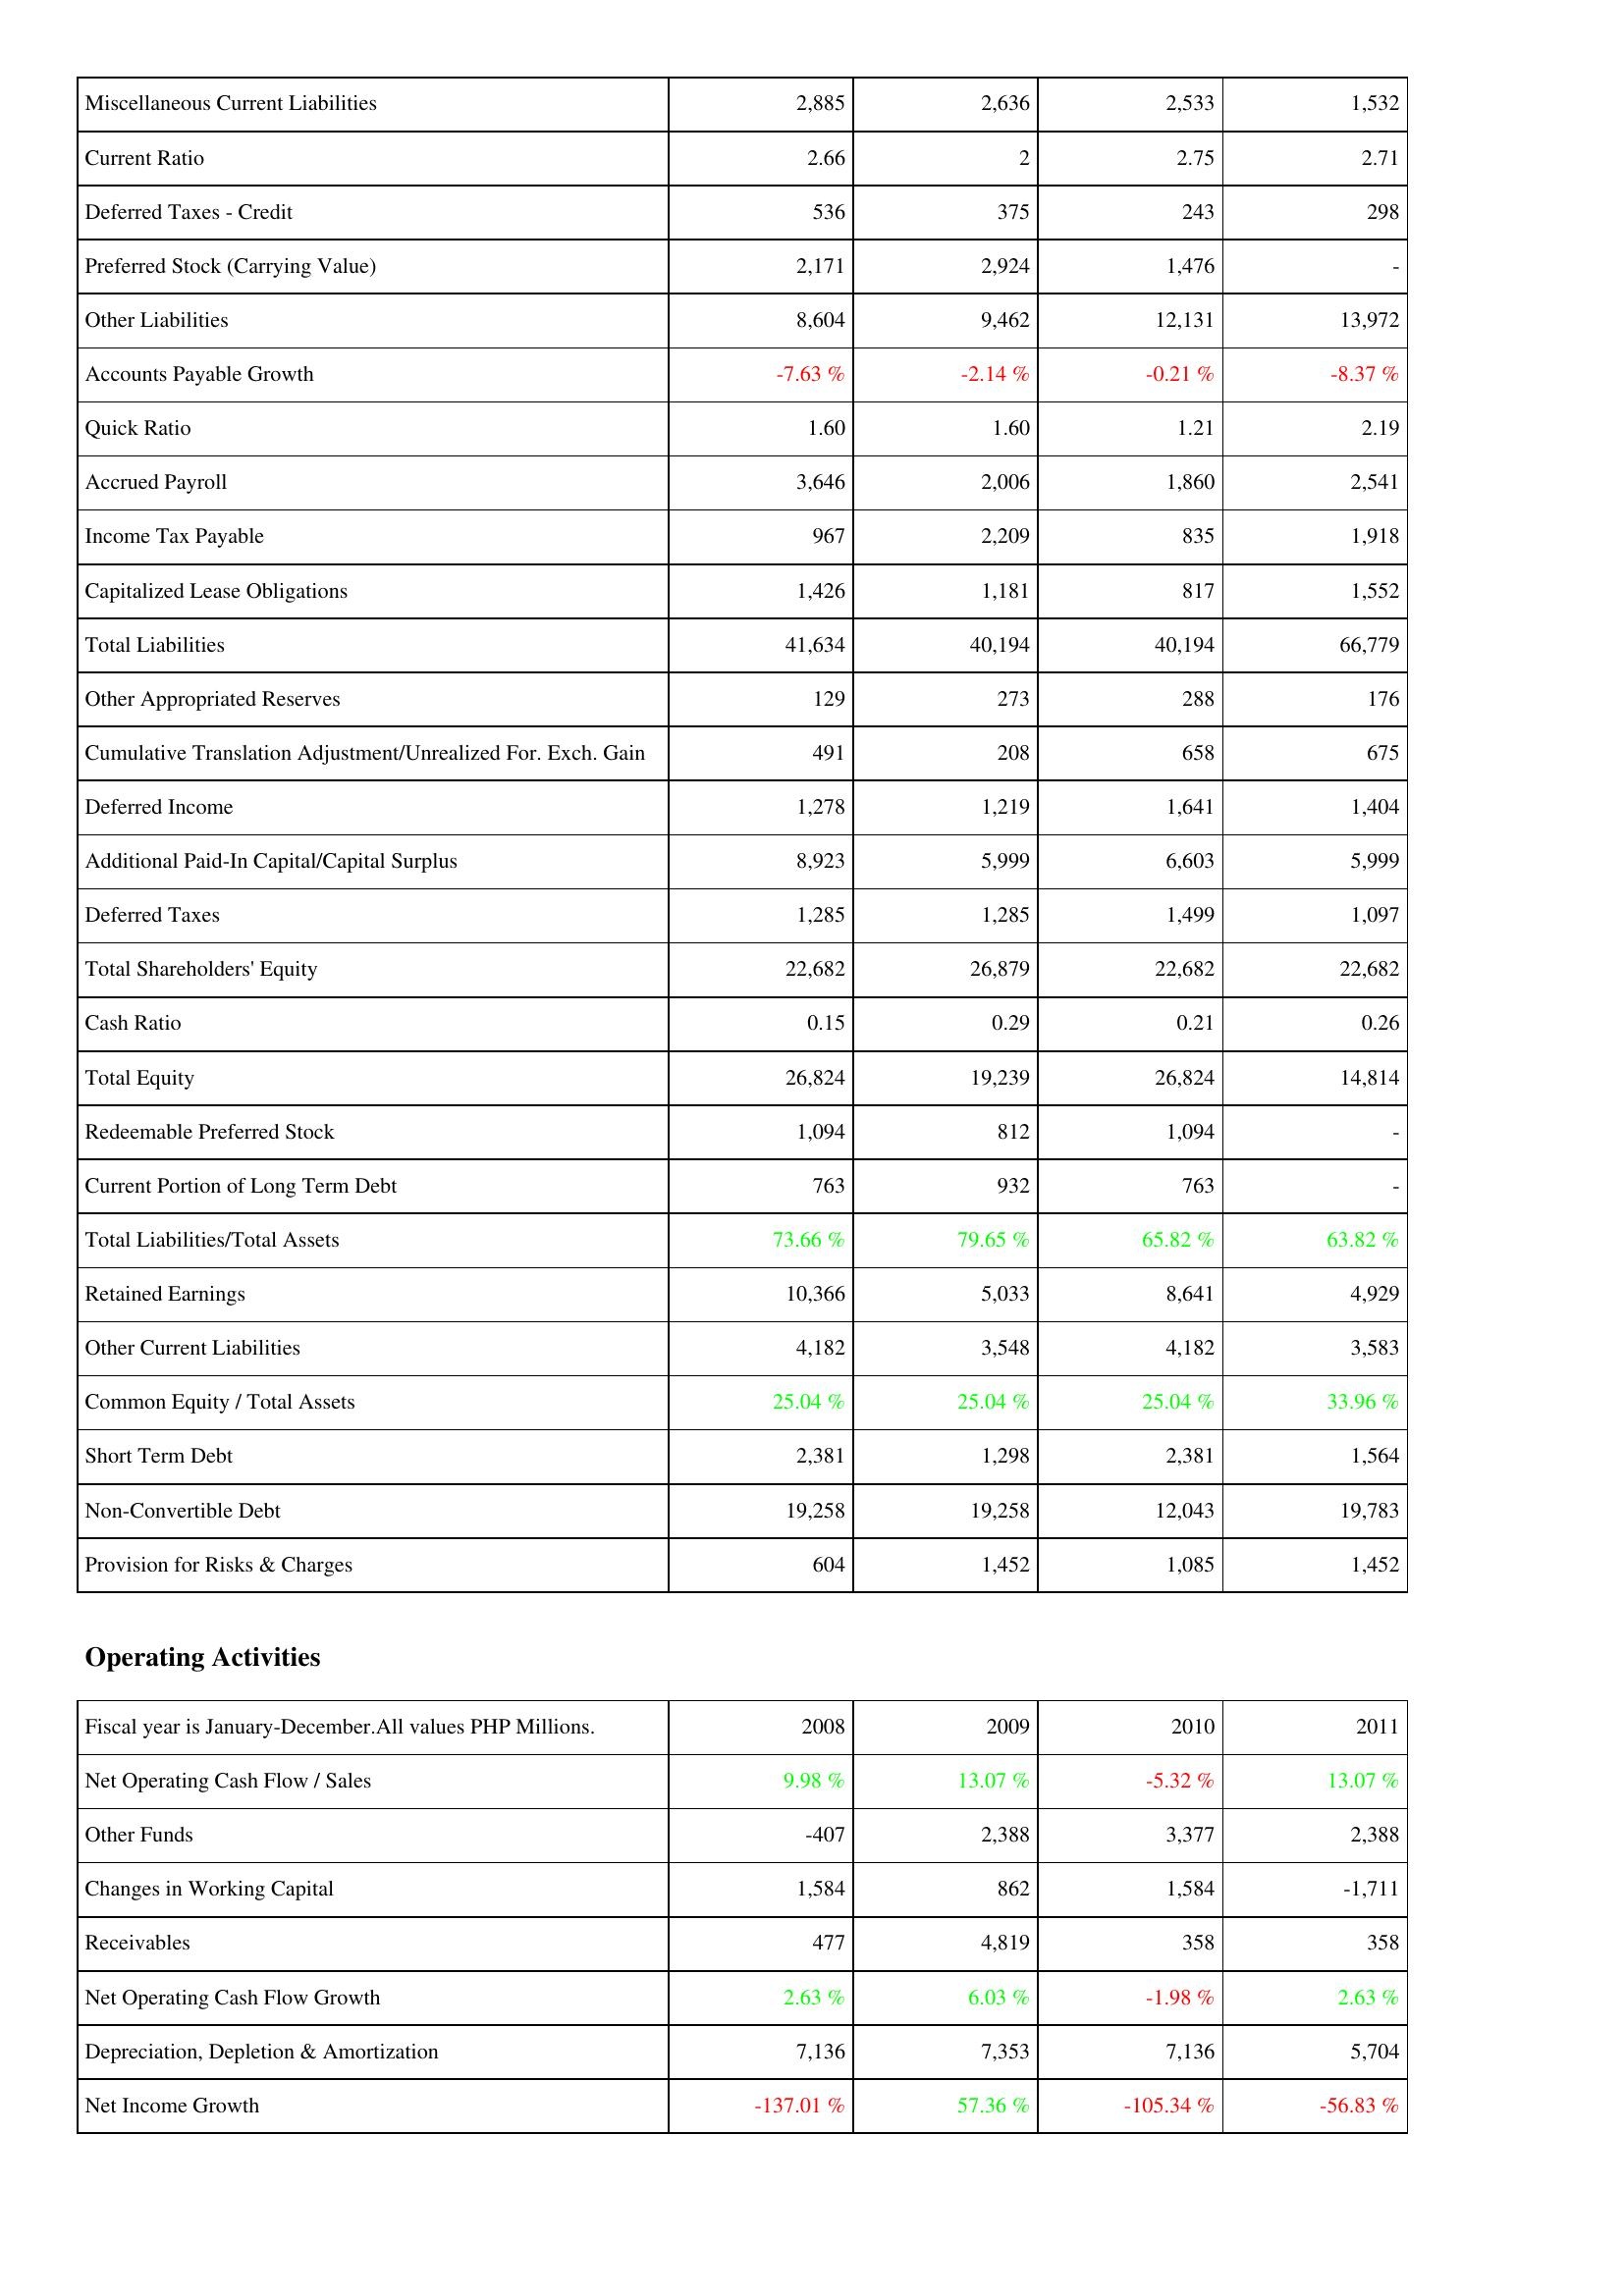
2008: Liabilities & Shareholders' Equity: Miscellaneous Current Liabilities: 2,885
Current Ratio: 2.66
Deferred Taxes - Credit: 536
Preferred Stock (Carrying Value): 2,171
Other Liabilities: 8,604
Accounts Payable Growth: -7.63 %
Quick Ratio: 1.60
Accrued Payroll: 3,646
Income Tax Payable: 967
Capitalized Lease Obligations: 1,426
Total Liabilities: 41,634
Other Appropriated Reserves: 129
Cumulative Translation Adjustment/Unrealized For. Exch. Gain: 491
Deferred Income: 1,278
Additional Paid-In Capital/Capital Surplus: 8,923
Deferred Taxes: 1,285
Total Shareholders' Equity: 22,682
Cash Ratio: 0.15
Total Equity: 26,824
Redeemable Preferred Stock: 1,094
Current Portion of Long Term Debt: 763
Total Liabilities/Total Assets: 73.66 %
Retained Earnings: 10,366
Other Current Liabilities: 4,182
Common Equity / Total Assets: 25.04 %
Short Term Debt: 2,381
Non-Convertible Debt: 19,258
Provision for Risks & Charges: 604
Operating Activities: Net Operating Cash Flow / Sales: 9.98 %
Other Funds: -407
Changes in Working Capital: 1,584
Receivables: 477
Net Operating Cash Flow Growth: 2.63 %
Depreciation, Depletion & Amortization: 7,136
Net Income Growth: -137.01 %
2009: Liabilities & Shareholders' Equity: Miscellaneous Current Liabilities: 2,636
Current Ratio: 2
Deferred Taxes - Credit: 375
Preferred Stock (Carrying Value): 2,924
Other Liabilities: 9,462
Accounts Payable Growth: -2.14 %
Quick Ratio: 1.60
Accrued Payroll: 2,006
Income Tax Payable: 2,209
Capitalized Lease Obligations: 1,181
Total Liabilities: 40,194
Other Appropriated Reserves: 273
Cumulative Translation Adjustment/Unrealized For. Exch. Gain: 208
Deferred Income: 1,219
Additional Paid-In Capital/Capital Surplus: 5,999
Deferred Taxes: 1,285
Total Shareholders' Equity: 26,879
Cash Ratio: 0.29
Total Equity: 19,239
Redeemable Preferred Stock: 812
Current Portion of Long Term Debt: 932
Total Liabilities/Total Assets: 79.65 %
Retained Earnings: 5,033
Other Current Liabilities: 3,548
Common Equity / Total Assets: 25.04 %
Short Term Debt: 1,298
Non-Convertible Debt: 19,258
Provision for Risks & Charges: 1,452
Operating Activities: Net Operating Cash Flow / Sales: 13.07 %
Other Funds: 2,388
Changes in Working Capital: 862
Receivables: 4,819
Net Operating Cash Flow Growth: 6.03 %
Depreciation, Depletion & Amortization: 7,353
Net Income Growth: 57.36 %
2010: Liabilities & Shareholders' Equity: Miscellaneous Current Liabilities: 2,533
Current Ratio: 2.75
Deferred Taxes - Credit: 243
Preferred Stock (Carrying Value): 1,476
Other Liabilities: 12,131
Accounts Payable Growth: -0.21 %
Quick Ratio: 1.21
Accrued Payroll: 1,860
Income Tax Payable: 835
Capitalized Lease Obligations: 817
Total Liabilities: 40,194
Other Appropriated Reserves: 288
Cumulative Translation Adjustment/Unrealized For. Exch. Gain: 658
Deferred Income: 1,641
Additional Paid-In Capital/Capital Surplus: 6,603
Deferred Taxes: 1,499
Total Shareholders' Equity: 22,682
Cash Ratio: 0.21
Total Equity: 26,824
Redeemable Preferred Stock: 1,094
Current Portion of Long Term Debt: 763
Total Liabilities/Total Assets: 65.82 %
Retained Earnings: 8,641
Other Current Liabilities: 4,182
Common Equity / Total Assets: 25.04 %
Short Term Debt: 2,381
Non-Convertible Debt: 12,043
Provision for Risks & Charges: 1,085
Operating Activities: Net Operating Cash Flow / Sales: -5.32 %
Other Funds: 3,377
Changes in Working Capital: 1,584
Receivables: 358
Net Operating Cash Flow Growth: -1.98 %
Depreciation, Depletion & Amortization: 7,136
Net Income Growth: -105.34 %
2011: Liabilities & Shareholders' Equity: Miscellaneous Current Liabilities: 1,532
Current Ratio: 2.71
Deferred Taxes - Credit: 298
Preferred Stock (Carrying Value): -
Other Liabilities: 13,972
Accounts Payable Growth: -8.37 %
Quick Ratio: 2.19
Accrued Payroll: 2,541
Income Tax Payable: 1,918
Capitalized Lease Obligations: 1,552
Total Liabilities: 66,779
Other Appropriated Reserves: 176
Cumulative Translation Adjustment/Unrealized For. Exch. Gain: 675
Deferred Income: 1,404
Additional Paid-In Capital/Capital Surplus: 5,999
Deferred Taxes: 1,097
Total Shareholders' Equity: 22,682
Cash Ratio: 0.26
Total Equity: 14,814
Redeemable Preferred Stock: -
Current Portion of Long Term Debt: -
Total Liabilities/Total Assets: 63.82 %
Retained Earnings: 4,929
Other Current Liabilities: 3,583
Common Equity / Total Assets: 33.96 %
Short Term Debt: 1,564
Non-Convertible Debt: 19,783
Provision for Risks & Charges: 1,452
Operating Activities: Net Operating Cash Flow / Sales: 13.07 %
Other Funds: 2,388
Changes in Working Capital: -1,711
Receivables: 358
Net Operating Cash Flow Growth: 2.63 %
Depreciation, Depletion & Amortization: 5,704
Net Income Growth: -56.83 %